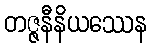
တဇ္ဇနီနိယဿေန